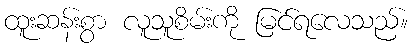
ထူးဆန်းစွာ လူသူစိမ်းကို မြင်ရလေသည်။